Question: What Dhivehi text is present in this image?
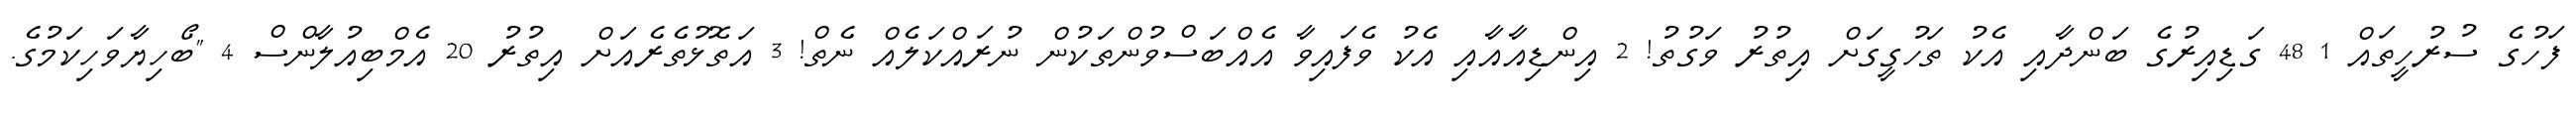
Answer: ފަހުގެ ސުރުހީތައް 1 48 ގަޑިއިރުގެ ބަންދާއި އެކު ތަހުގީގަށް އިތުރު ވަގުތު! 2 އިންޑިއާއާއި އެކު ވެފައިވާ އެއްބަސްވުންތަކުން ނުރައްކަލެއް ނެތް! 3 އަތޮޅުތެރެއަށް އިތުރު 20 އެމްބިއުލާންސް 4 "ބޯހިޔާވަހިކަމުގެ.